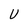
Character: U